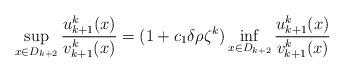
LaTeX: \begin{align*}\sup_{x\in D_{k+2}}\frac{u^k_{k+1}(x)}{v^k_{k+1}(x)}=(1+c_1\delta\rho\zeta^k)\inf_{x\in D_{k+2}}\frac{u^k_{k+1}(x)}{v^k_{k+1}(x)}\end{align*}